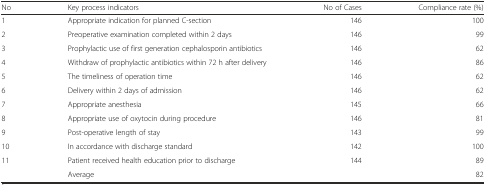
| No | Key process indicators | No of Cases | Compliance rate (%) |
 | --- | --- | --- | --- |
 | 1 | Appropriate indication for planned C-section | 146 | 100 |
 | 2 | Preoperative examination completed within 2 days | 146 | 99 |
 | 3 | Prophylactic use of first generation cephalosporin antibiotics | 146 | 62 |
 | 4 | Withdraw of prophylactic antibiotics within 72 h after delivery | 146 | 86 |
 | 5 | The timeliness of operation time | 146 | 62 |
 | 6 | Delivery within 2 days of admission | 146 | 62 |
 | 7 | Appropriate anesthesia | 145 | 66 |
 | 8 | Appropriate use of oxytocin during procedure | 146 | 81 |
 | 9 | Post-operative length of stay | 143 | 99 |
 | 10 | In accordance with discharge standard | 142 | 100 |
 | 11 | Patient received health education prior to discharge | 144 | 89 |
 |  | Average |  | 82 |